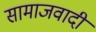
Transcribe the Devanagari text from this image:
सामाजवादी